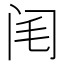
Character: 𨸃